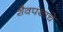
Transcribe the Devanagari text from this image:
शैवपंथाचे